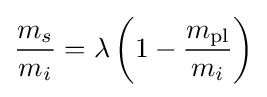
{\frac {m_{s}}{m_{i}}}=\lambda \left(1-{\frac {m_{\text{pl}}}{m_{i}}}\right)